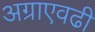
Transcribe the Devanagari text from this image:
अग्राएवढी